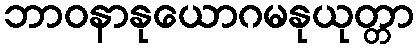
ဘာဝနာနုယောဂမနုယုတ္တာ